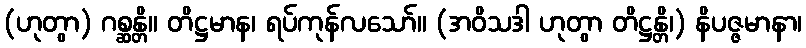
(ဟုတွာ) ဂစ္ဆန္တိ။ တိဋ္ဌမာန၊ ရပ်ကုန်လသော်။ (အဝိသဒါ ဟုတွာ တိဋ္ဌန္တိ၊) နိပဇ္ဇမာနာ၊